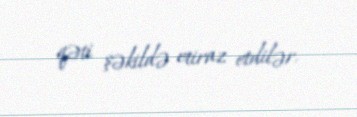
qəti şəkildə etiraz etdilər.